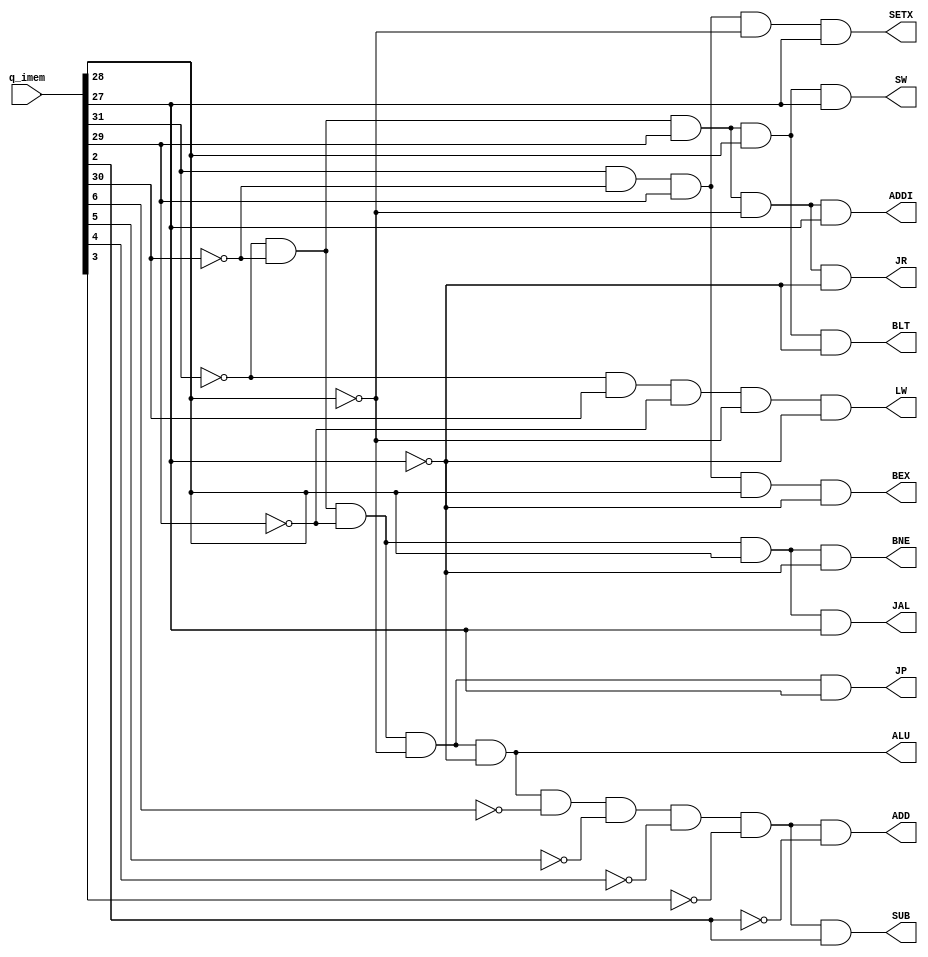
module control_bit(q_imem, ALU, ADDI,SW, LW, JP, JR, JAL, BLT, BNE, BEX, SETX, ADD, SUB);
	 input [31:0] q_imem;
	 output ALU, ADDI, SW, LW, JP, JR, JAL, BLT, BNE, BEX, SETX, ADD, SUB;
	 assign ALU = ~q_imem[31] && ~q_imem[30] && ~q_imem[29] && ~q_imem[28] && ~q_imem[27];
	 assign ADDI = ~q_imem[31] && ~q_imem[30] && q_imem[29] && ~q_imem[28] && q_imem[27];
	 assign SW = ~q_imem[31] && ~q_imem[30] && q_imem[29] && q_imem[28] && q_imem[27];
	 assign LW = ~q_imem[31] && q_imem[30] && ~q_imem[29] && ~q_imem[28] && ~q_imem[27];
	 assign JP = ~q_imem[31] && ~q_imem[30] && ~q_imem[29] && ~q_imem[28] && q_imem[27];
	 assign JR = ~q_imem[31] && ~q_imem[30] && q_imem[29] && ~q_imem[28] && ~q_imem[27];
	 assign JAL = ~q_imem[31] && ~q_imem[30] && ~q_imem[29] && q_imem[28] && q_imem[27];
	 assign BLT = ~q_imem[31] && ~q_imem[30] && q_imem[29] && q_imem[28] && ~q_imem[27];
	 assign BNE = ~q_imem[31] && ~q_imem[30] && ~q_imem[29] && q_imem[28] && ~q_imem[27];
	 assign BEX = q_imem[31] && ~q_imem[30] && q_imem[29] && q_imem[28] && ~q_imem[27];
	 assign SETX = q_imem[31] && ~q_imem[30] && q_imem[29] && ~q_imem[28] && q_imem[27];
	 assign ADD = ALU && ~q_imem[6] && ~q_imem[5] && ~q_imem[4] && ~q_imem[3] && ~q_imem[2];
	 assign SUB = ALU && ~q_imem[6] && ~q_imem[5] && ~q_imem[4] && ~q_imem[3] && q_imem[2];
endmodule